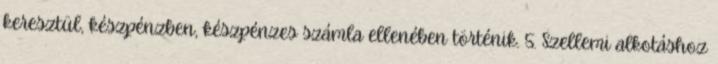
keresztül, készpénzben, készpénzes számla ellenében történik. 5. Szellemi alkotáshoz